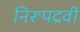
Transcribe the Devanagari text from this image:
निरूपद्रवी